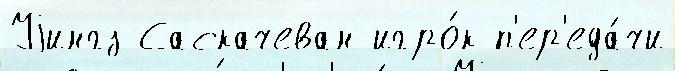
Уjингз Саскачеван игро́к п'ер'еда́чи